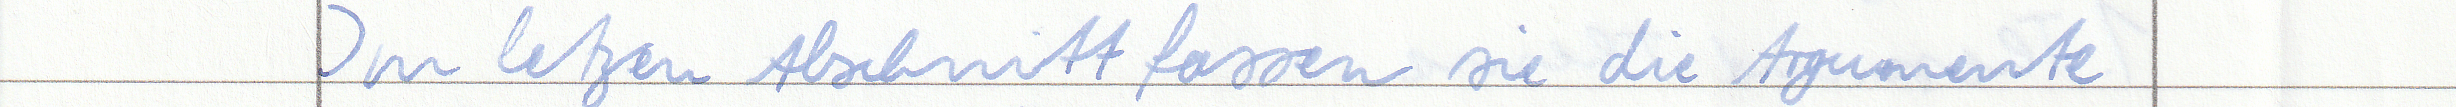
Im letzen Abschnitt fassen sie die Argumente